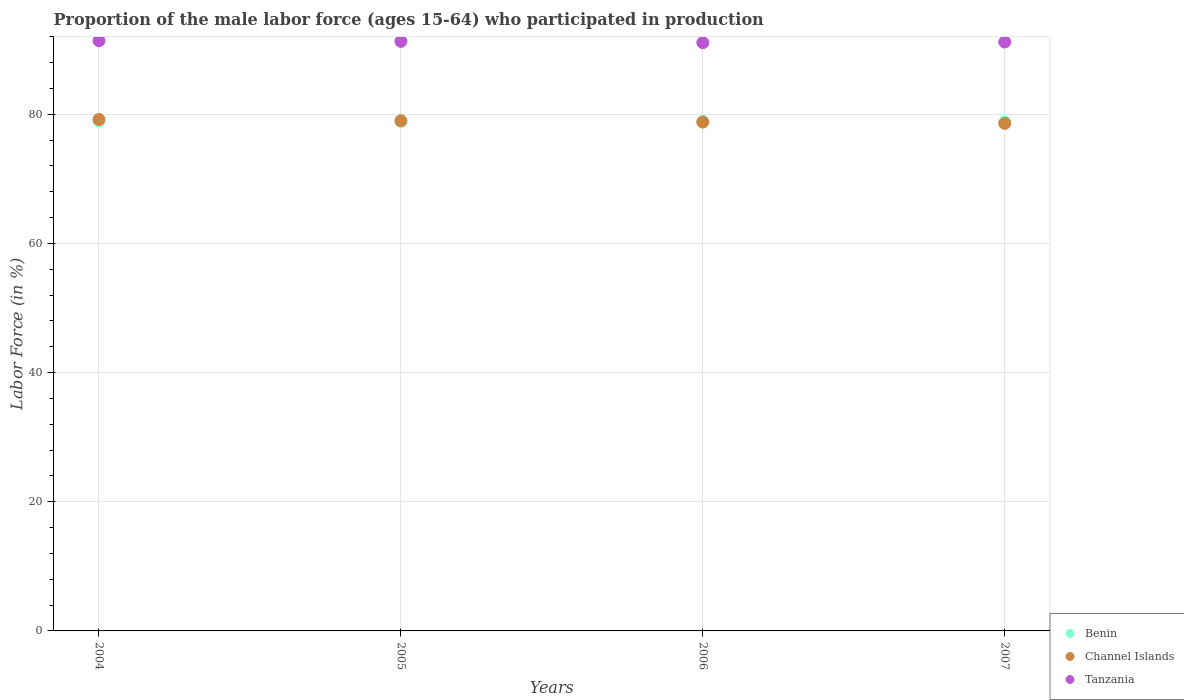
| Years | Benin | Channel Islands | Tanzania |
 | --- | --- | --- | --- |
 | 2004 | 79 | 79.2 | 91.4 |
 | 2005 | 78.9 | 79 | 91.3 |
 | 2006 | 78.9 | 78.8 | 91.1 |
 | 2007 | 78.8 | 78.6 | 91.2 |